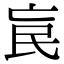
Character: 𣱅